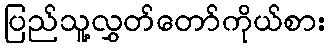
ပြည်သူ့လွှတ်တော်ကိုယ်စား